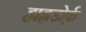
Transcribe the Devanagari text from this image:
हाह्नडोर्फ़